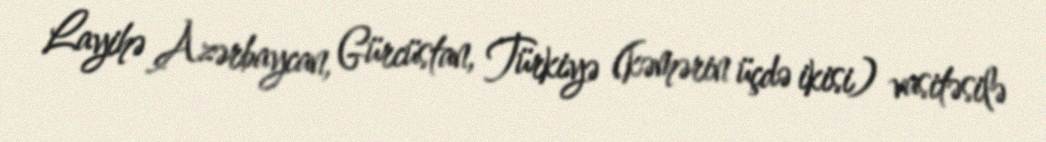
Layihə Azərbaycan, Gürcüstan, Türkiyə (kəmərin üçdə ikisi) vasitəsilə